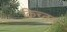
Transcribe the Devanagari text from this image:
क्रिच्तन